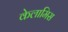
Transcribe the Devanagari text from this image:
केलामिस